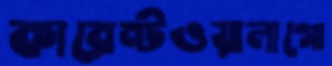
কারেন্টওয়ালাগো